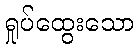
ရှုပ်ထွေးသော